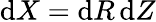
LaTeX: \mathrm{d}X=\mathrm{d}R\, \mathrm{d}Z